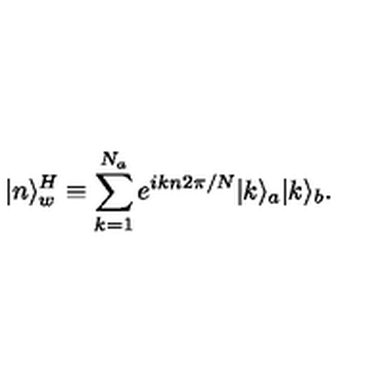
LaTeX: | n \rangle _ { w } ^ { H } \equiv \sum _ { k = 1 } ^ { N _ { a } } e ^ { i k n 2 \pi / N } | k \rangle _ { a } | k \rangle _ { b } .